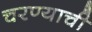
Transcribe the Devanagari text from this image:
चरण्याची